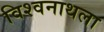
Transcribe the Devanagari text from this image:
विश्वनाथला